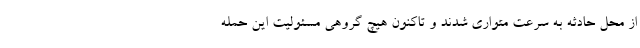
از محل حادثه به سرعت متواری شدند و تاکنون هیچ گروهی مسئولیت این حمله